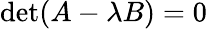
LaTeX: \operatorname*{det}(A-\lambda B)=0